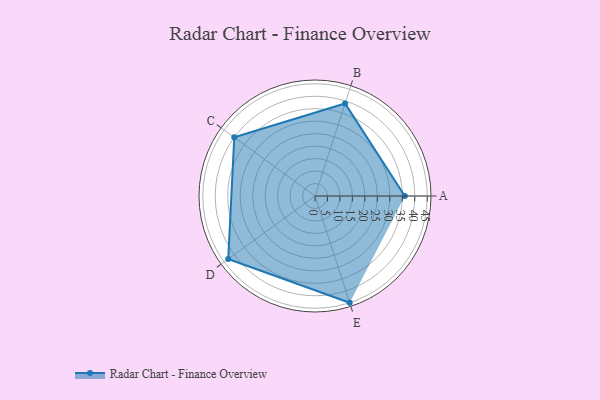
{"axis": {"x": "Skill", "y": "Score"}, "legend": ["Profile"], "data": [{"x": "A", "y": 36.0, "type": "Profile"}, {"x": "B", "y": 39.0, "type": "Profile"}, {"x": "C", "y": 40.0, "type": "Profile"}, {"x": "D", "y": 43.0, "type": "Profile"}, {"x": "E", "y": 45.0, "type": "Profile"}]}